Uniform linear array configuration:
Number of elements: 32
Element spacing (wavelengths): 0.75
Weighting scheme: kaiser
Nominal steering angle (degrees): -60
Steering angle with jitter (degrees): -61.388
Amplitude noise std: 0.05
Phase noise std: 0.05

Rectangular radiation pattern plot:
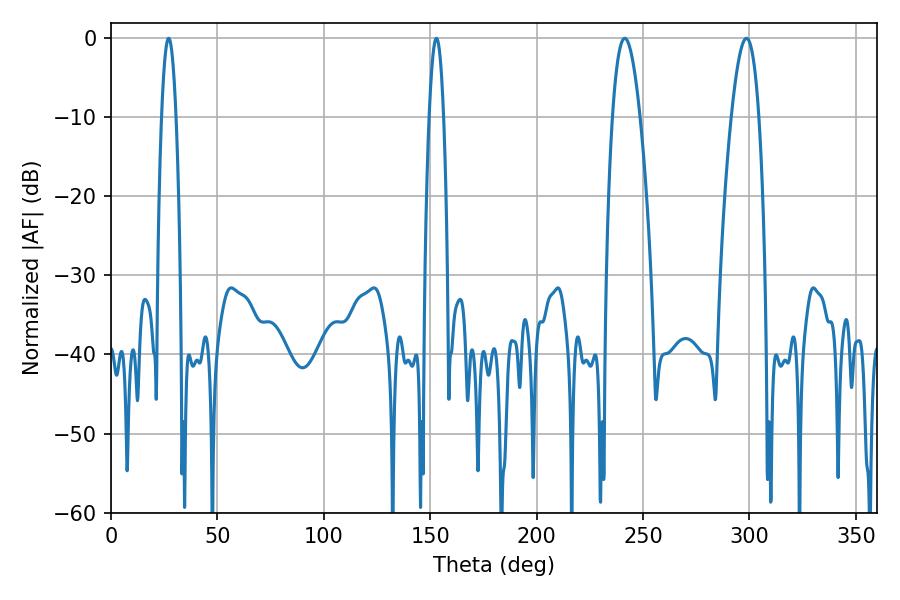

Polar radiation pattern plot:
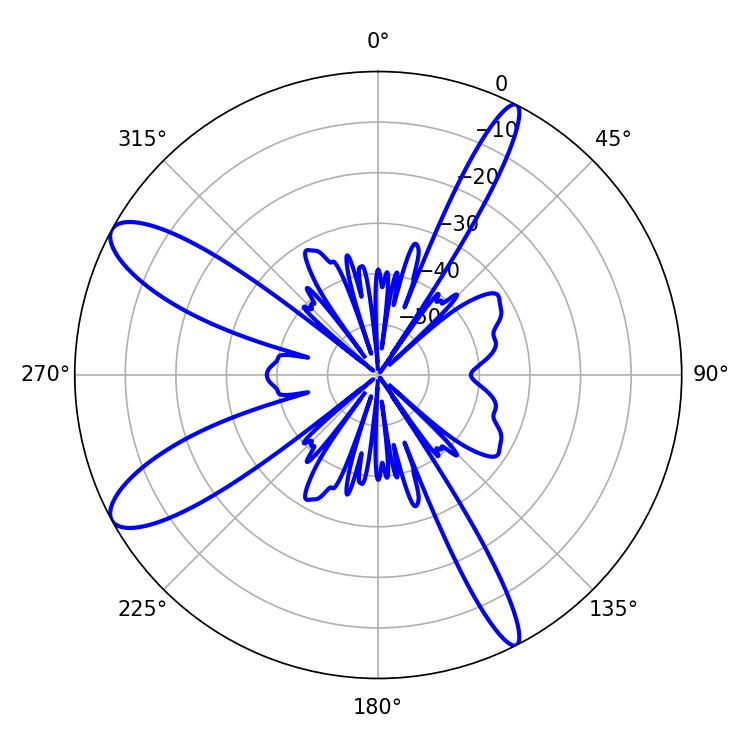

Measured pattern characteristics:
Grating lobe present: TRUE
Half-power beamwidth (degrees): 7.02
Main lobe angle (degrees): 241.38